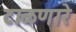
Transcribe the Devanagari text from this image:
टाळणारे